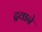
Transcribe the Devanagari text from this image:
द्रवाने